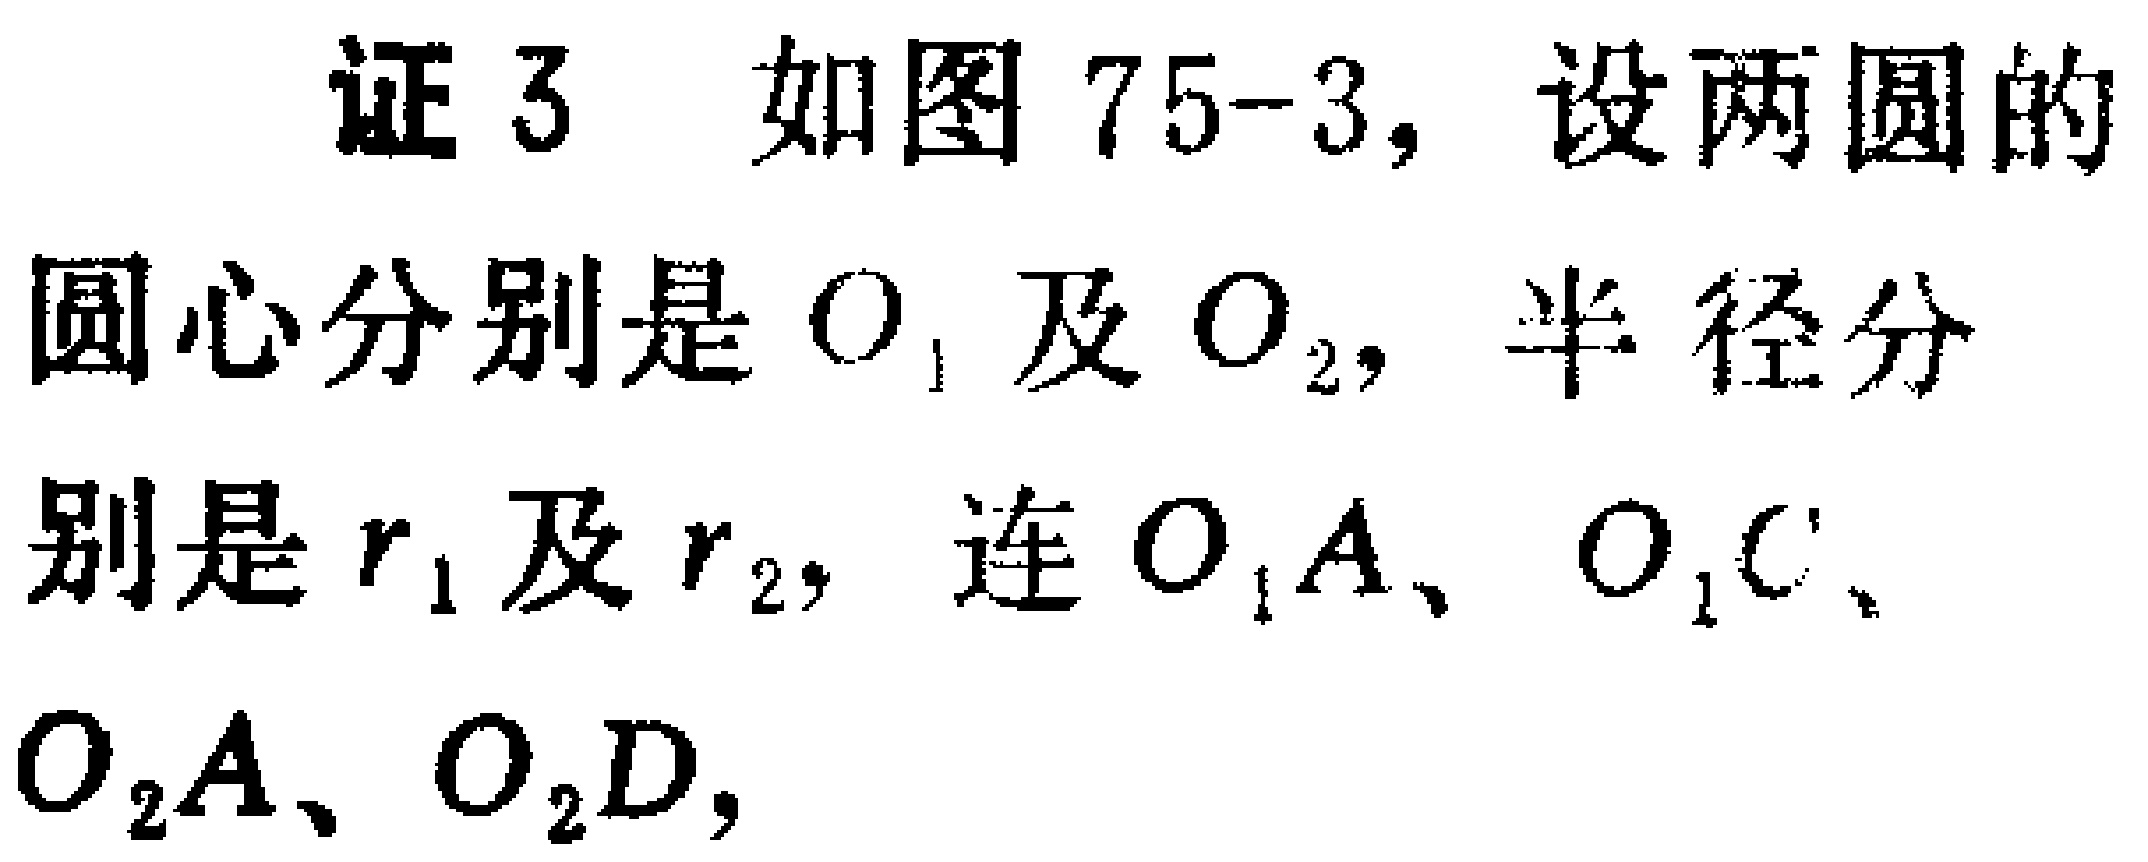
证 3 如图 75-3, 设两圆的圆心分别是 \(O_{1}\) 及 \(O_{2}\), 半径分别是 \(r_{1}\) 及 \(r_{2}\), 连 \(O_{1}A\)、\(O_{1}C\)、\(O_{2}A\)、\(O_{2}D\),